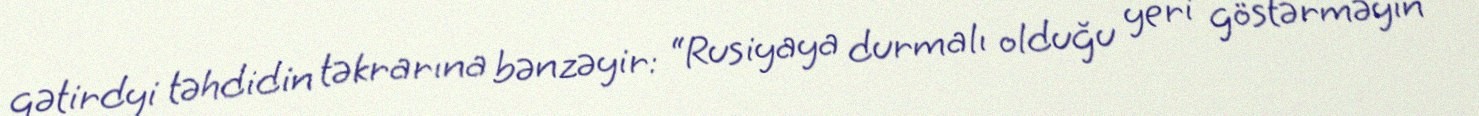
gətirdyi təhdidin təkrarına bənzəyir: “Rusiyaya durmalı olduğu yeri göstərməyin